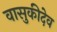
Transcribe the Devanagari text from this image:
वासुकीदेव